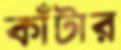
কাঁটার